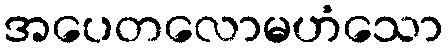
အပေတလောမဟံသော